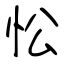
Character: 忪